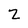
Character: Z